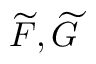
\widetilde { F } , \widetilde { G }